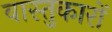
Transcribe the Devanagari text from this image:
वास्‍तुकारों